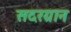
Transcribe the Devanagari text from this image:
सदरग्रान